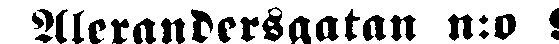
Alexandersgatan n:o 9.